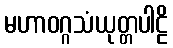
မဟာဝဂ္ဂသံယုတ္တပါဠိ